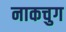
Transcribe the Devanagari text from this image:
नाकचुग